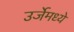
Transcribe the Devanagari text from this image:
उर्जेमध्ये